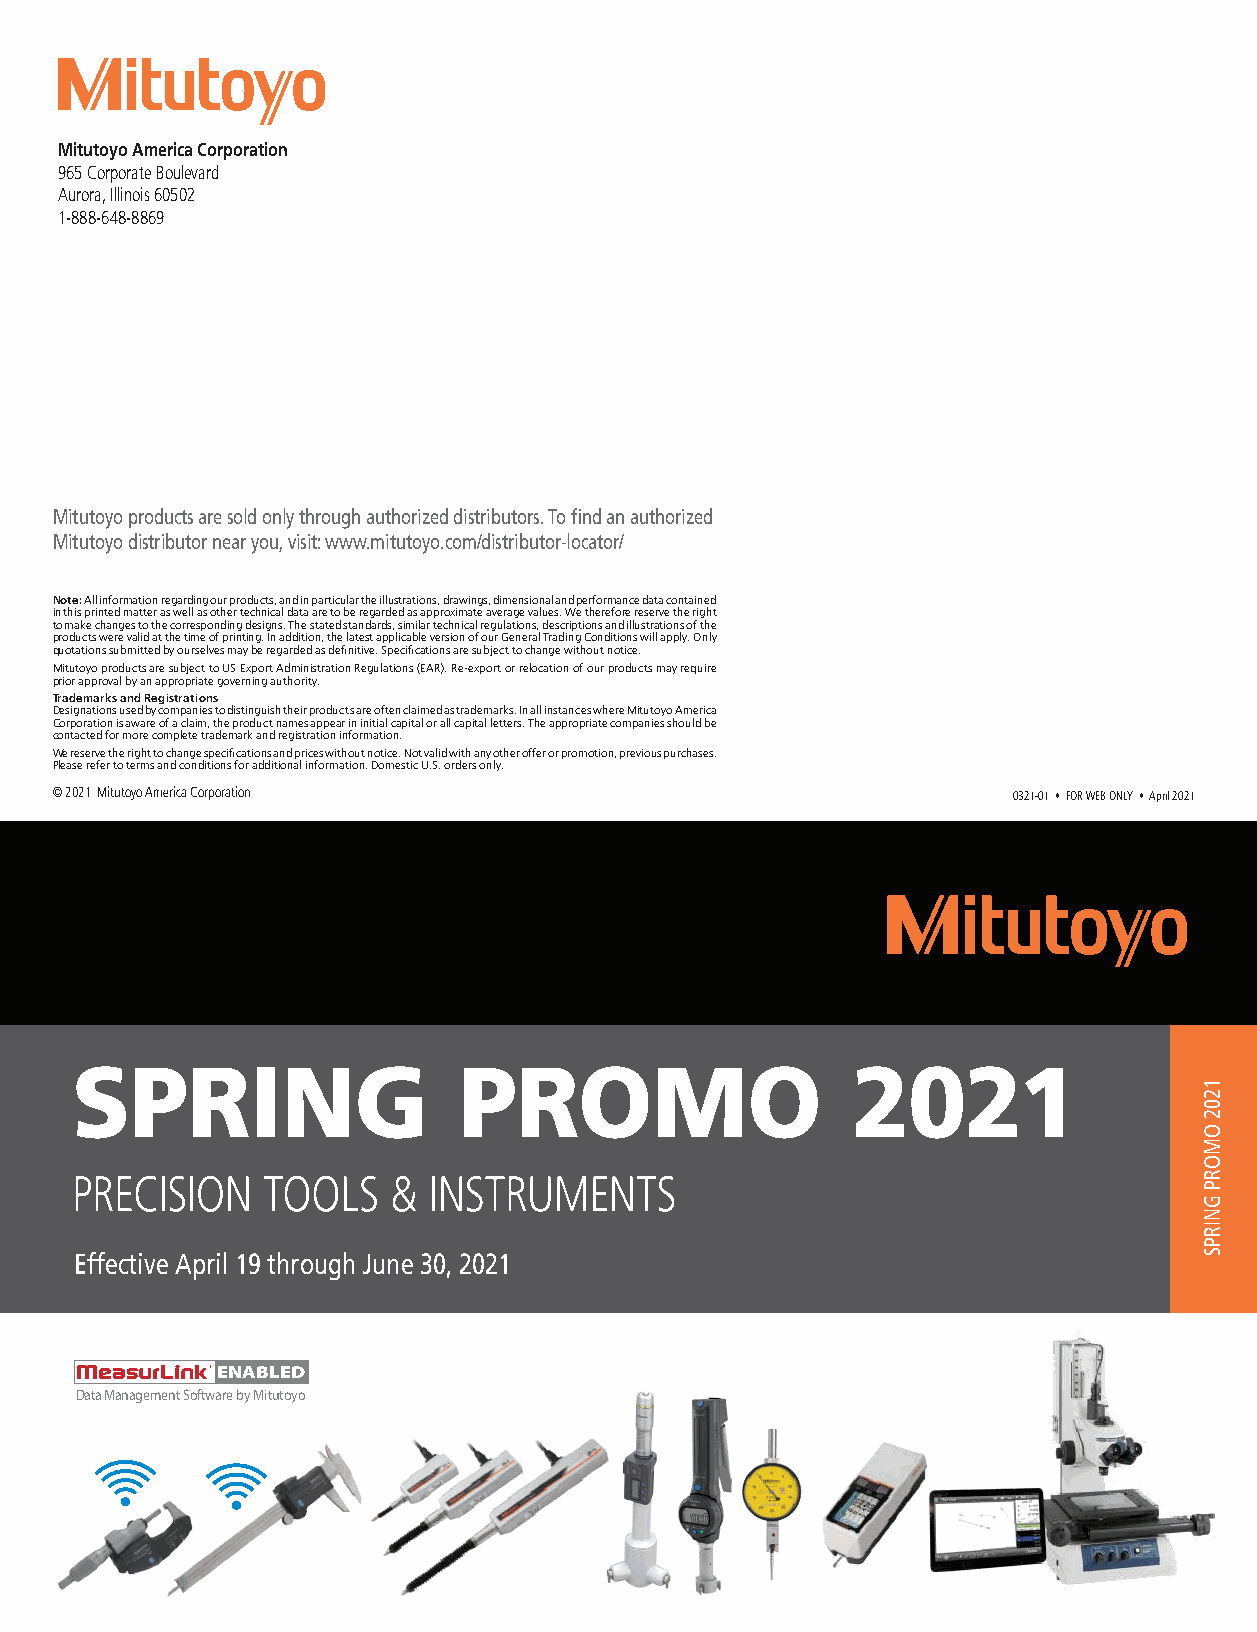
Mitutoyo America Corporation
 965 Corporate Boulevard
 Aurora, Illinois 60502
 1-888-648-8869
 Mitutoyo products are sold only through authorized distributors. To find an authorized
 Mitutoyo distributor near you, visit: www.mitutoyo.com/distributor-locator/
 Note: All information regarding our products, and in particular the illustrations, drawings, dimensional and performance data contained
 in this printed matter as well as other technical data are to be regarded as approximate average values. We therefore reserve the right
 to make changes to the corresponding designs. The stated standards, similar technical regulations, descriptions and illustrations of the
 products were valid at the time of printing. In addition, the latest applicable version of our General Trading Conditions will apply. Only
 quotations submitted by ourselves may be regarded as definitive. Specifications are subject to change without notice.
 Mitutoyo products are subject to US Export Administration Regulations (EAR). Re-export or relocation of our products may require
 prior approval by an appropriate governing authority.
 Trademarks and Registrations
 Designations used by companies to distinguish their products are often claimed as trademarks. In all instances where Mitutoyo America
 Corporation is aware of a claim, the product names appear in initial capital or all capital letters. The appropriate companies should be
 contacted for more complete trademark and registration information.
 We reserve the right to change specifications and prices without notice. Not valid with any other offer or promotion, previous purchases.
 Please refer to terms and conditions for additional information. Domestic U.S. orders only.
 © 2021 Mitutoyo America Corporation                             0321-01 • FOR WEB ONLY • April 2021
 SPRING                   PROMO                     2021
 PRECISION   TOOLS    & INSTRUMENTS
 Effective April 19 through June 30, 2021
 ENABLED
 Data Management Software by Mitutoyo
 1202
 OMORP
 GNIRPS